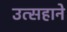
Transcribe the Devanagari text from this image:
उत्सहाने